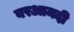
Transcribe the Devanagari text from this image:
बरआमदी